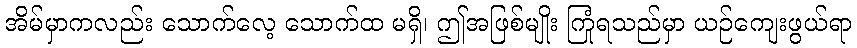
အိမ်မှာကလည်း သောက်လေ့ သောက်ထ မရှိ၊ ဤအဖြစ်မျိုး ကြုံရသည်မှာ ယဉ်ကျေးဖွယ်ရာ